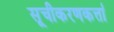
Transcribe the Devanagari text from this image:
सूचीकरणकर्त्ता